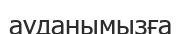
ауданымызға